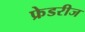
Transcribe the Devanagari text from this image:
फ्रेडरीज